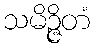
သမိဉ္ဇိတံ